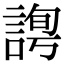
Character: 𧩛